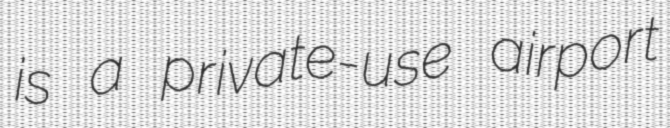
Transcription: is a private-use airport